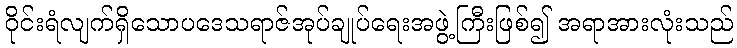
ဝိုင်းရံလျက်ရှိသောပဒေသရာဇ်အုပ်ချုပ်ရေးအဖွဲ့ကြီးဖြစ်၍ အရာအားလုံးသည်